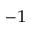
^ { - 1 }